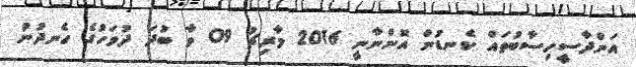
އަންދާސީހިސާބުތައް ކެނޑުން އޮންނާނީ 2016 މާރިޗު 09 ވާ ބުދަ ދުވަހުގެ ހެނދުނު